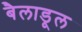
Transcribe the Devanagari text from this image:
बैलाडूल